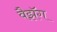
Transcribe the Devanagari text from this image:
वैझॅग